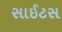
સાઈટસ